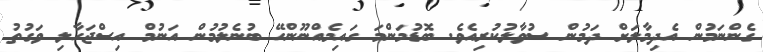
ގެންނަމުން އެދިމާލަށް ދަމުން ސުވާލުކުރިއެވެ. ބޮޑުމަންމަ ގައިމެއްނޫންހޭ ބުނެލުމުން އަނުމް އިސްޖަހާލި ވަގުތު